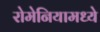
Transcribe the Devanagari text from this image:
रोमेनियामध्ये